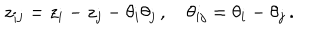
z _ { i j } = z _ { i } - z _ { j } - \theta _ { i } \theta _ { j } \, , \quad \theta _ { i j } = \theta _ { i } - \theta _ { j } \, .